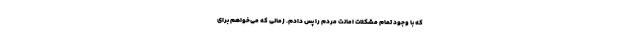
که با وجود تمام مشکلات امانت مردم را پس دادم. زمانی که می‌خواهم برای